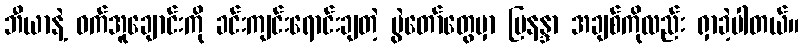
ဘီယာနဲ့ ဝက်အူချောင်းကို ခင်းကျင်းရောင်းချတဲ့ ပွဲတော်တွေမှာ မြနန္ဒာ အချစ်ကိုလည်း ရှာခဲ့ပါတယ်။